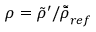
\rho = \tilde { \rho } ^ { \prime } / \tilde { \bar { \rho } } _ { r e f }